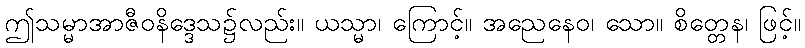
ဤသမ္မာအာဇီဝနိဒ္ဒေသ၌လည်း။ ယသ္မာ၊ ကြောင့်။ အညေနေဝ၊ သော။ စိတ္တေန၊ ဖြင့်။